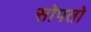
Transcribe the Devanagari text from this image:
सोपतो